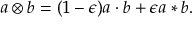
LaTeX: a \otimes b = ( 1 - \epsilon ) a \cdot b + \epsilon a * b .